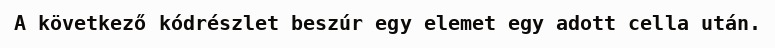
A következő kódrészlet beszúr egy elemet egy adott cella után.